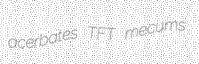
acerbates TFT mecums